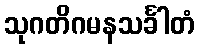
သုဂတိဂမနသင်္ခါတံ